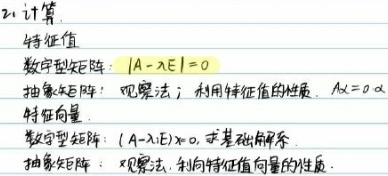
2. 计算
  - 特征值
    - 数字型矩阵：$|A - \lambda E| = 0$
    - 抽象矩阵：观察法；利用特征值的性质，$Ax = 0$
  - 特征向量
    - 数字型矩阵：$(A - \lambda E)x = 0$，求基础解系
    - 抽象矩阵：观察法，利用特征值向量的性质